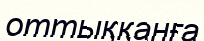
оттыққанға